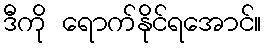
ဒီကို ရောက်နိုင်ရအောင်။